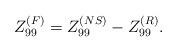
LaTeX: \begin{align*}Z^{(F)}_{99}=Z^{(NS)}_{99} - Z^{(R)}_{99}.\end{align*}